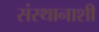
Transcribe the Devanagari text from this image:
संस्थानाशी